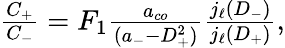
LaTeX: \begin{array}{r}{\frac{C_{+}}{C_{-}}=F_{1}\frac{a_{co}}{(a_{-}-D_{+}^{2})}\frac{j_{\ell}(D_{-})}{j_{\ell}(D_{+})},}\end{array}